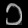
Digit: ၁